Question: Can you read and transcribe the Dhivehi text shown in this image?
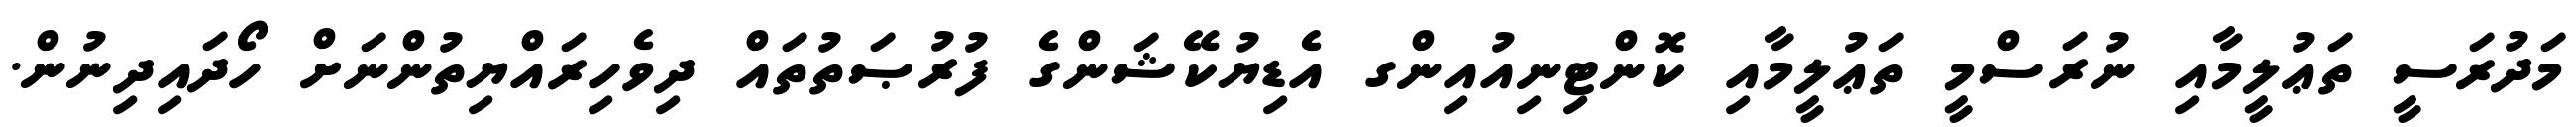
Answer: މަދުރަސީ ތަޢުލީމާއި ނުރަސްމީ ތަޢުލީމާއި ކޮންޓިނިއުއިންގ އެޑިޔުކޭޝަންގެ ފުރުޞަތުތައް ދިވެހިރައްޔިތުންނަށް ހޯދައިދިނުން.